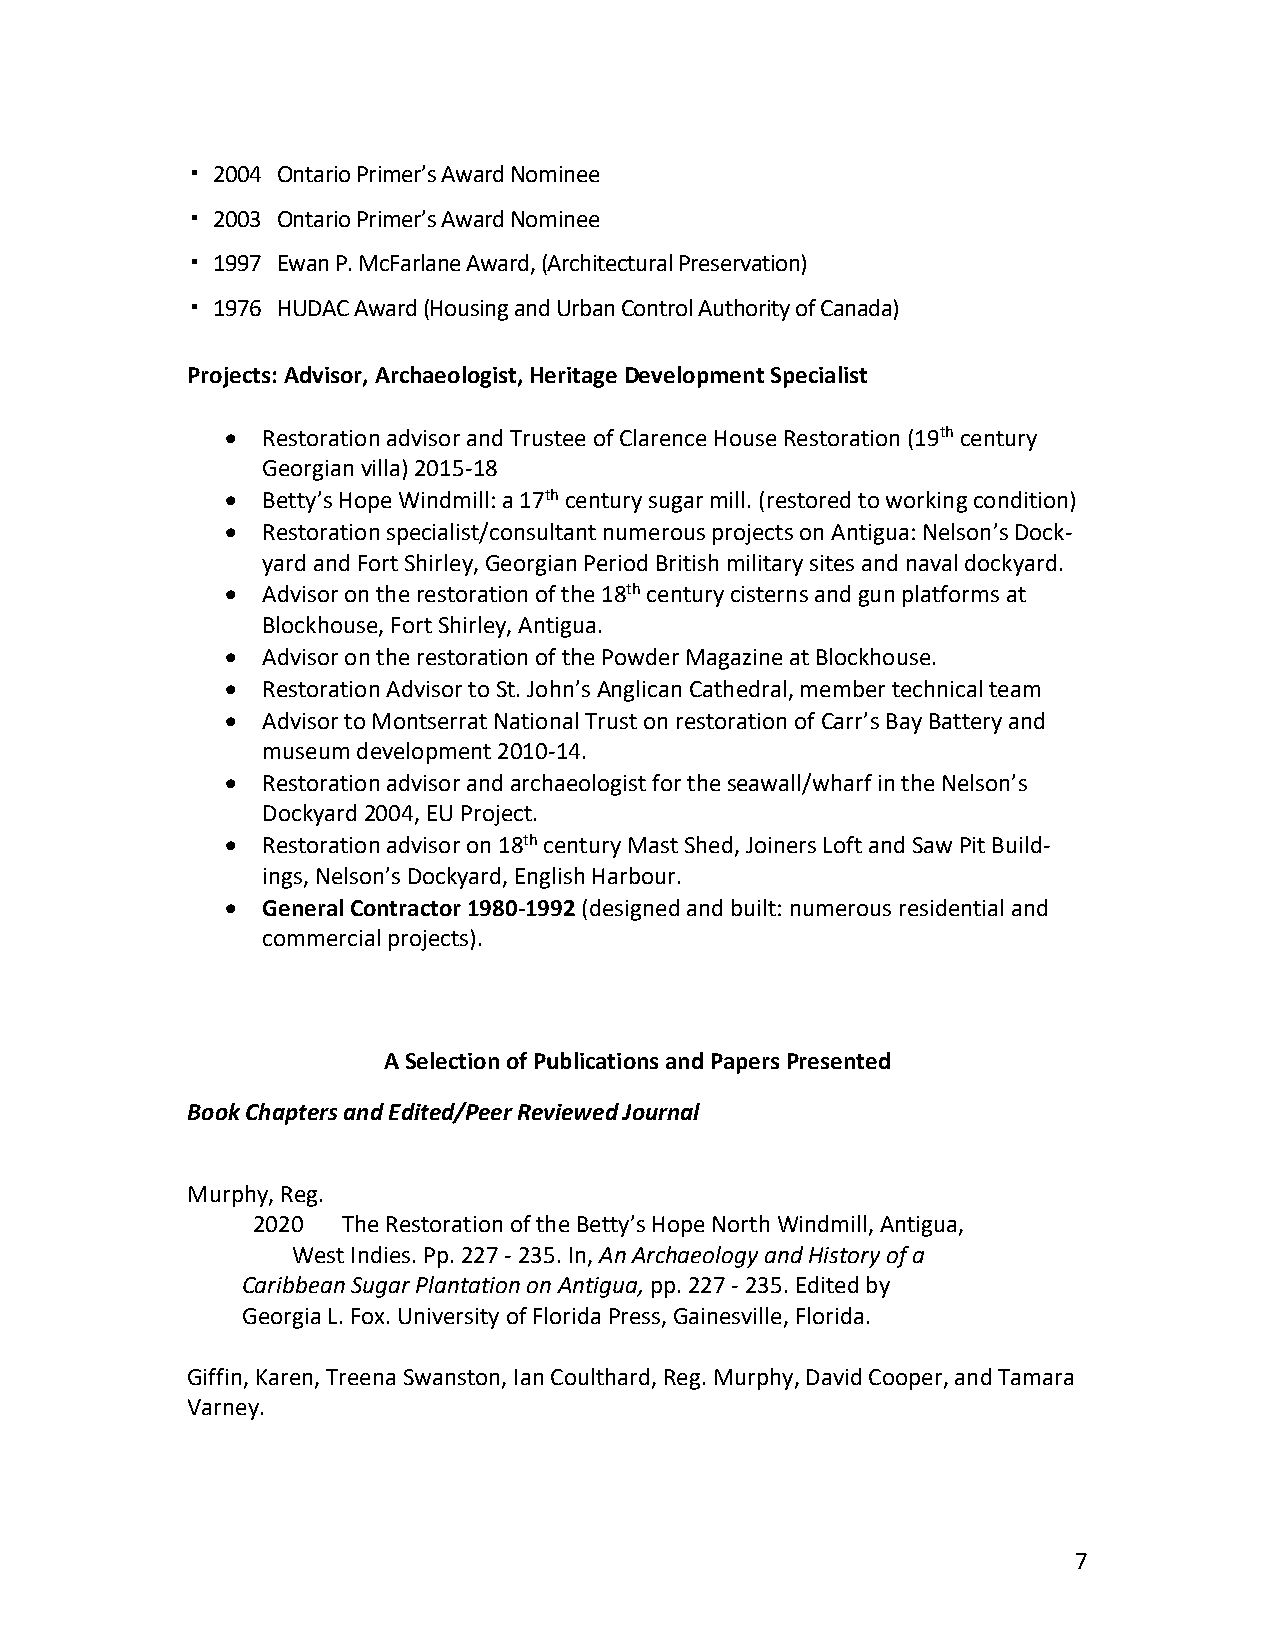
▪ 2004 Ontario Primer’s Award Nominee
 ▪ 2003 Ontario Primer’s Award Nominee
 ▪ 1997 Ewan P. McFarlane Award, (Architectural Preservation)
 ▪ 1976 HUDAC Award (Housing and Urban Control Authority of Canada)
 Projects: Advisor, Archaeologist, Heritage Development Specialist
 • Restoration advisor and Trustee of Clarence House Restoration (19th century
 Georgian villa) 2015-18
 • Betty’s Hope Windmill: a 17th century sugar mill. (restored to working condition)
 • Restoration specialist/consultant numerous projects on Antigua: Nelson’s Dock-
 yard and Fort Shirley, Georgian Period British military sites and naval dockyard.
 • Advisor on the restoration of the 18th century cisterns and gun platforms at
 Blockhouse, Fort Shirley, Antigua.
 • Advisor on the restoration of the Powder Magazine at Blockhouse.
 • Restoration Advisor to St. John’s Anglican Cathedral, member technical team
 • Advisor to Montserrat National Trust on restoration of Carr’s Bay Battery and
 museum development 2010-14.
 • Restoration advisor and archaeologist for the seawall/wharf in the Nelson’s
 Dockyard 2004, EU Project.
 • Restoration advisor on 18th century Mast Shed, Joiners Loft and Saw Pit Build-
 ings, Nelson’s Dockyard, English Harbour.
 • General Contractor 1980-1992 (designed and built: numerous residential and
 commercial projects).
 A Selection of Publications and Papers Presented
 Book Chapters and Edited/Peer Reviewed Journal
 Murphy, Reg.
 2020  The Restoration of the Betty’s Hope North Windmill, Antigua,
 West Indies. Pp. 227 - 235. In, An Archaeology and History of a
 Caribbean Sugar Plantation on Antigua, pp. 227 - 235. Edited by
 Georgia L. Fox. University of Florida Press, Gainesville, Florida.
 Giffin, Karen, Treena Swanston, Ian Coulthard, Reg. Murphy, David Cooper, and Tamara
 Varney.
 7